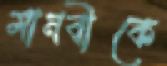
মানবীকে